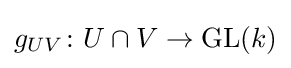
g_{UV}\colon U\cap V\to \operatorname {GL} (k)